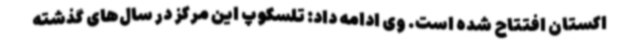
اکستان افتتاح شده است. وی ادامه داد: تلسکوپ این مرکز در سال‌های گذشته